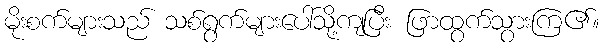
မိုးစက်များသည် သစ်ရွက်များပေါ်သို့ကျပြီး ဖြာထွက်သွားကြ၏။